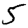
Digit: 5